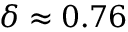
\delta \approx 0 . 7 6